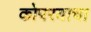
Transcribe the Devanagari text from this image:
कोपरयाचा